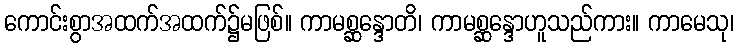
ကောင်းစွာအထက်အထက်၌မဖြစ်။ ကာမစ္ဆန္ဒောတိ၊ ကာမစ္ဆန္ဒောဟူသည်ကား။ ကာမေသု၊